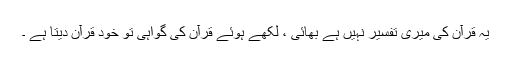
یہ قرآن کی میری تفسیر نہیں ہے بھائی ، لکھے ہوئے قرآن کی گواہی تو خود قرآن دیتا ہے ۔